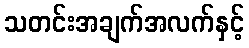
သတင်းအချက်အလက်နှင့်